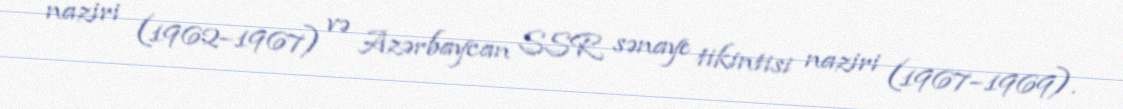
naziri (1962–1967) və Azərbaycan SSR sənaye tikintisi naziri (1967–1969).